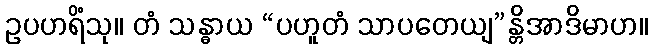
ဥပဟရိံသု။ တံ သန္ဓာယ “ပဟူတံ သာပတေယျ”န္တိအာဒိမာဟ။